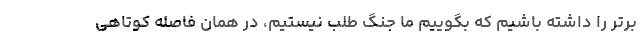
برتر را داشته باشیم که بگوییم ما جنگ طلب نیستیم، در همان فاصله کوتاهی